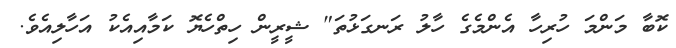
ކޮބާ މަންމަ ހުރިހާ އެންމެގެ ހާލު ރަނގަޅުތަ" ޝީރީން ހިތްހެޔޮ ކަމާއިއެކު އަހާލިއެވެ.